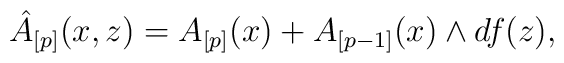
\hat A_{[p]}(x,z)= A_{[p]}(x) + A_{[p-1]}(x) \wedge df(z),